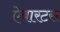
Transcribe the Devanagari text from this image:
ऐबारटस